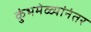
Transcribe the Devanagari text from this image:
कुंभमेळ्यांनंतर